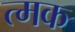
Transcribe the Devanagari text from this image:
त्मक